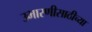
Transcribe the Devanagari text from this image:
उभारणीसाठीच्या